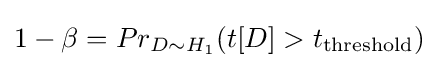
1-\beta =Pr_{D\sim H_{1}}(t[D]>t_{\text{threshold}})